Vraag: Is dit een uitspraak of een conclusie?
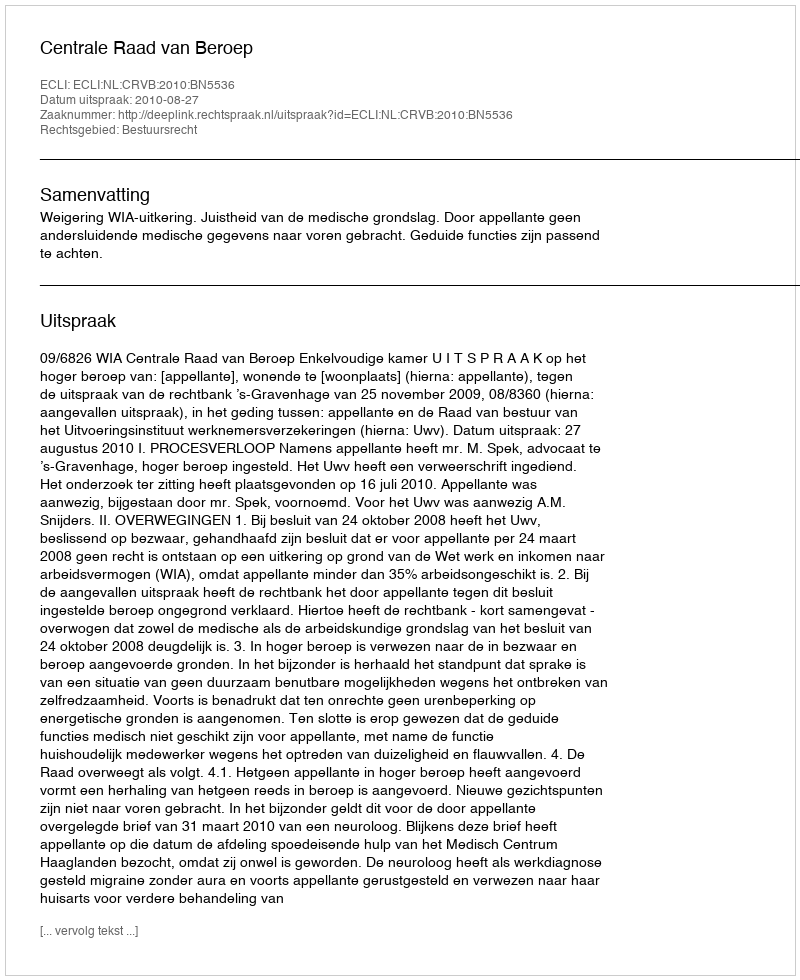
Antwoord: Uitspraak